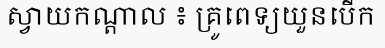
ស្វាយកណ្តាល ៖ គ្រូពេទ្យយួនបើក